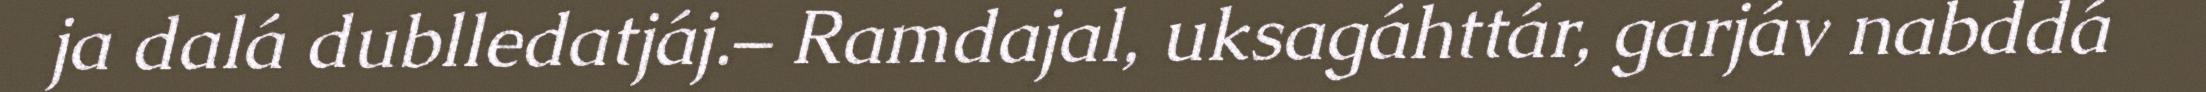
ja dalá dublledatjáj.– Ramdajal, uksagáhttár, garjáv nabddá